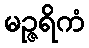
မဉ္ဇရိကံ